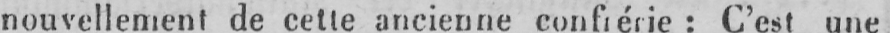
nouvellement de cette ancienne confrérie: C’est une